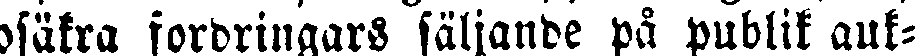
osäkra fordringars säljande på publik auk-